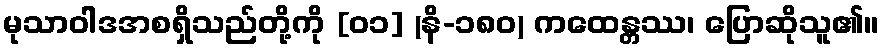
မုသာဝါဒအစရှိသည်တို့ကို [၀၁] (နိ-၁၈၀) ကထေန္တဿ၊ ပြောဆိုသူ၏။